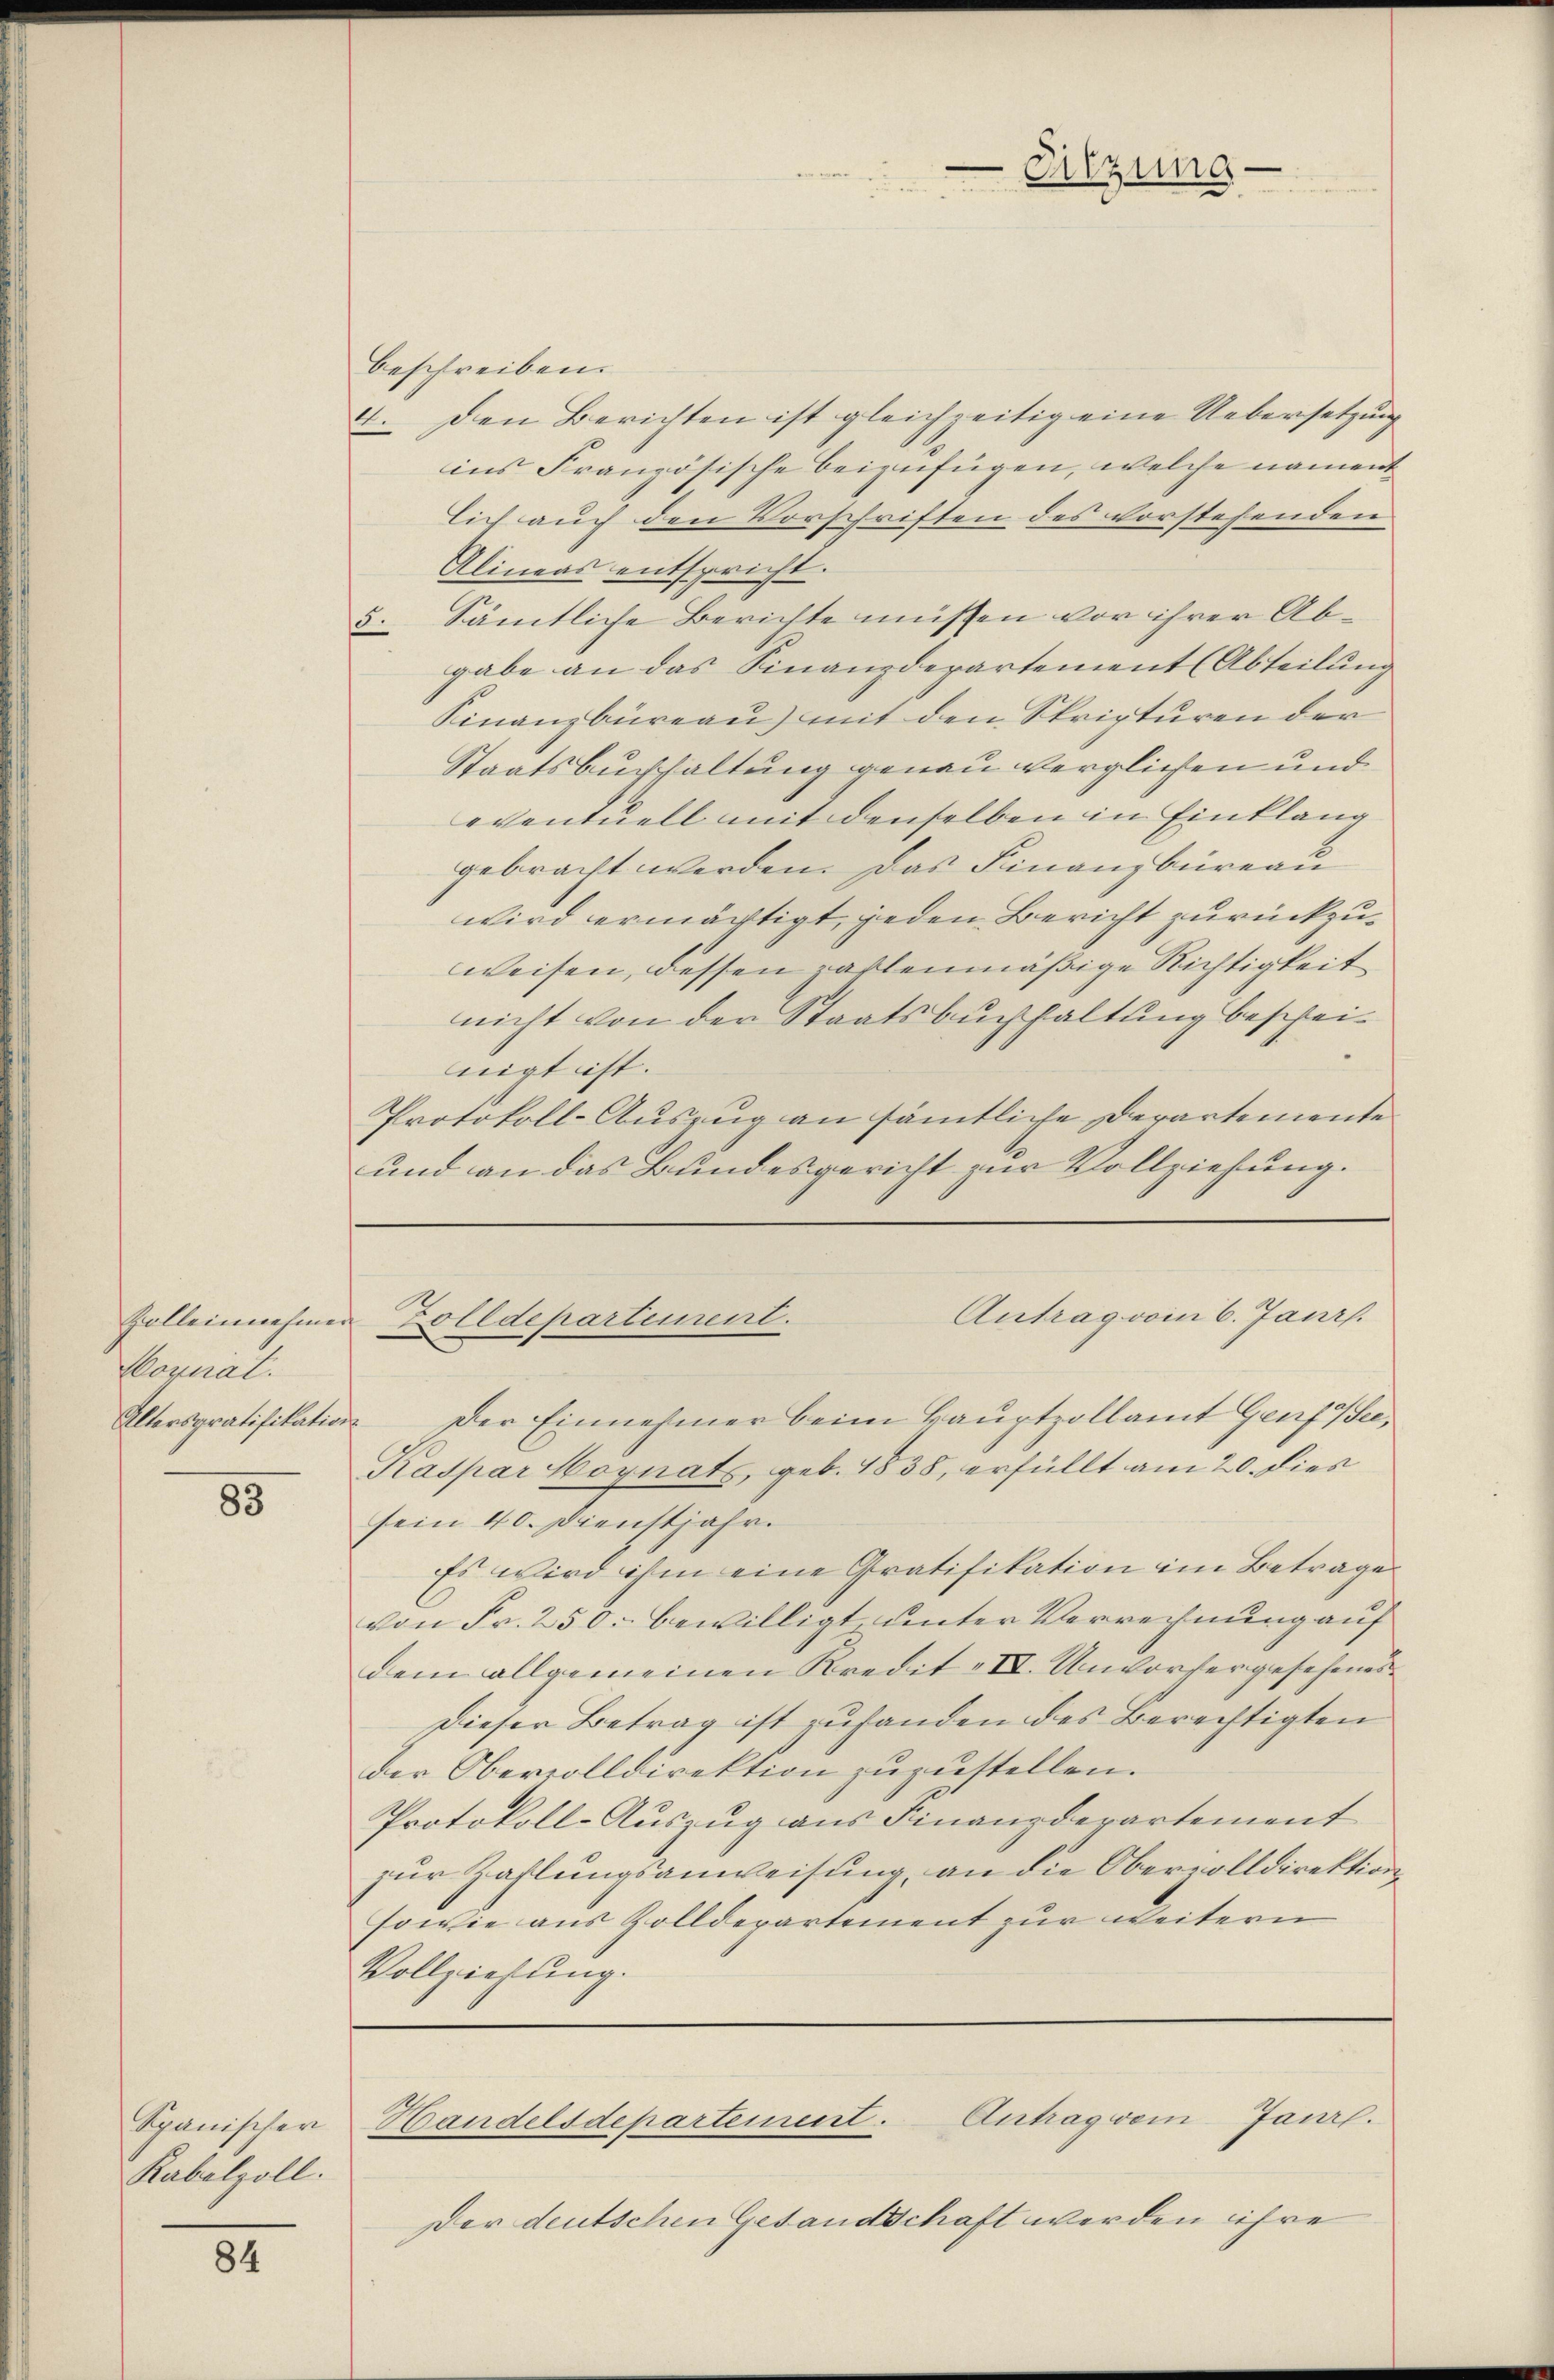
Galleinnehmen
Vornat.

85

Spanischer
Kabelzoll.

84

beschreiben.

Altersgratifikation. Der Einnehmer beim Hauptzollamt Genf sei,
Kaspar Hoynats, geb. 1838, erfüllt am 20. dies
sein 40. Dienstjahr.
Es wird ihm eine Gratifikation im Betrage
von Fr. 250. bewilligt, unter Verrechnung auf
dem allgemeinen Kredit II. Unvorhergesehenes
Dieser Betrag ist zufanden des Berechtigten
der Obervolldirektion zuzustellen.
Protokoll-Auszug aus Finanzderartement
zur Zahlungsanweisung, an die Oberzolldirektion
sowie aus Zolldepartement zur weitern
Vollziehung.

Eitzung

4. Den Berichten ist gleichzeitig eine Uebersetzung
ins Französische beizufügen, welche nament
lich auch den Vorschriften des vorstehenden
Alineas entspricht.
5. Sämtliche Berichte müssen vor ihrer Abgabe an das Finanzdepartement (Abteilung
Finanzbüreau) mit den Stripturen der
Staatsbuchhaltung genau verglichen und
eventuell mit denselben in Einklang
gebracht werden. Das Finanzbüreau
wird ermächtigt, jeden Bericht zurückzuweisen, dessen zahlenmäßige Richtigkeit
nicht von der Staatsbuchhaltung bescheinigt ist. |
Protokoll-Auszug an sämtliche Departemente
und an das Bundesgericht zur Vollziehung.

O.
Antrag vom 6. Janr.
Zolldepartement.

Der deutschen Gesandschaft werden ihre

Handelsdepartement. Antrag vom Janr.